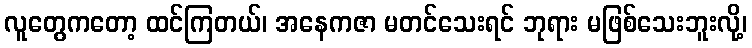
လူတွေကတော့ ထင်ကြတယ်၊ အနေကဇာ မတင်သေးရင် ဘုရား မဖြစ်သေးဘူးလို့၊